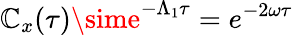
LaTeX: \mathbb{C}_{x}(\tau)\sime^{-\Lambda_{1}\tau}=e^{-2\omega\tau}